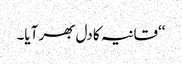
‘‘قانیہ کا دل بھر آیا۔